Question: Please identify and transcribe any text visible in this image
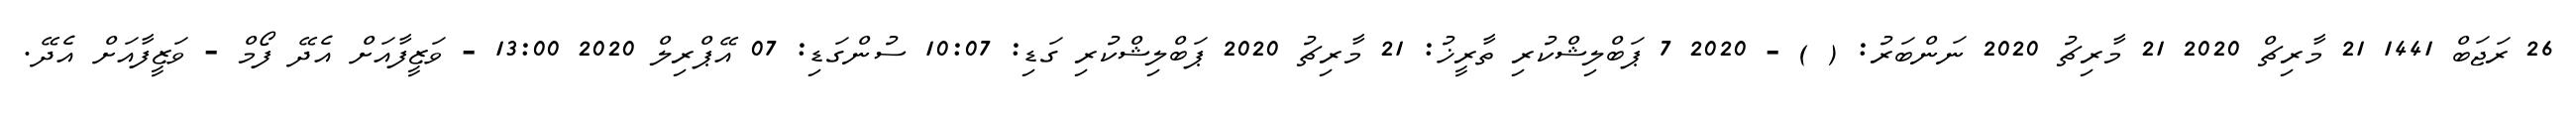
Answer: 26 ރަޖަބް 1441 21 މާރިޗް 2020 21 މާރިޗު 2020 ނަންބަރު: ( ) - 2020 7 ޕަބްލިޝްކުރި ތާރީޚު: 21 މާރިޗު 2020 ޕަބްލިޝްކުރި ގަޑި: 10:07 ސުންގަޑި: 07 އޭޕްރިލް 2020 13:00 - ވަޒީފާއަށް އެދޭ ފޯމް - ވަޒީފާއަށް އެދޭ.